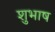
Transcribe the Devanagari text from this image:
शुभाष